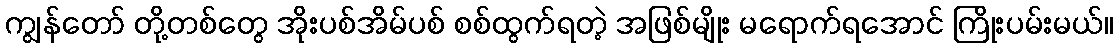
ကျွန်တော် တို့တစ်တွေ အိုးပစ်အိမ်ပစ် စစ်ထွက်ရတဲ့ အဖြစ်မျိုး မရောက်ရအောင် ကြိုးပမ်းမယ်။